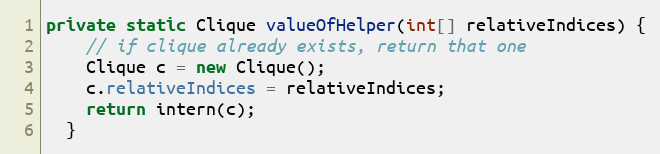
Language: Java
private static Clique valueOfHelper(int[] relativeIndices) {
    // if clique already exists, return that one
    Clique c = new Clique();
    c.relativeIndices = relativeIndices;
    return intern(c);
  }